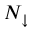
N _ { \downarrow }